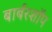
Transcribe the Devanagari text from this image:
बार्बरशॉप